Lunatic asylums Central Provinces reports 1886-1894 - 1886-1894
Year: 1886
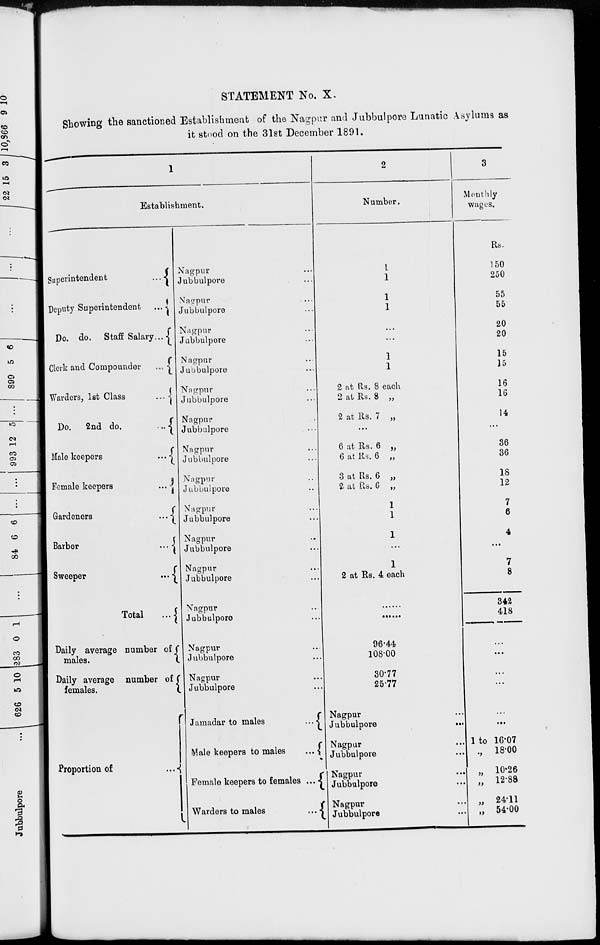
STATEMENT No. X.
Showing the sanctioned Establishment of the Nagpur and Jubbulpore Lunatic Asylums as
it stood on the 31st December 1891.
1
Establishment.
Superintendent
...
Deputy Superintendent ...
Do. do. Staff Salary ...
Clerk and Compounder
...
Warders, 1st Class
...
Do. 2nd do.
...
Male keepers
...
Female keepers
...
Gardeners
...
Barber
...
Sweeper
...
Total
...
Daily average number of
males.
Daily average number of
females.
Proportion of
...
Nagpur ...
Jubbulpore ...
Nagpur
...
Jubbulpore ...
Nagpur ...
Jubbulpore ...
Nagpur ...
Jubbulpore ...
Nagpur ...
Jubbulpore ...
Nagpur ...
Jubbulpore ...
Nagpur ...
Jubbulpore ...
Nagpur ...
Jubbulpore ...
Nagpur ...
Jubbulpore ...
Nagpur ...
Jubbulpore ...
Nagpur ...
Jubbulpore ...
Nagpur ...
Jubbulpore ...
Nagpur ...
Jubbulpore ...
Nagpur ...
Jubbulpore ...
Jamadar to males
...
Male keepers to males
...
Female keepers to females ...
Warders to males
...
2
Number.
1
1
1
1
...
...
1
1
2 at Rs. 8 each
2 at Rs. 8 „
2 at Rs. 7 „
...
6 at Rs. 6 „
6 at Rs. 6 „
3 at Rs. 6 „
2 at Rs. 6 „
1
1
1
...
1
2 at Rs. 4 each
.....
.....
96.44
108.00
30.77
25.77
Nagpur ...
Jubbulpore
...
Nagpur ...
Jubbulpore ...
Nagpur
...
Jubbulpore ...
Nagpur ...
Jubbulpore ...
3
Monthly
wages.
Rs
150
250
55
55
20
20
15
15
16
16
14
...
36
36
18
12
7
6
4
...
7
8
342
418
...
...
...
...
...
...
1 to 16.07
„ 18.00
„ 10.26
„ 12.88
„ 24.11
„ 54.00